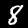
Digit: 8